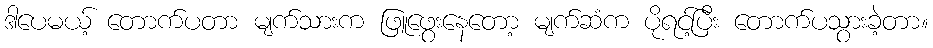
ဒါပေမယ့် တောက်ပတာ မျက်သားက ဖြူဖွေးနေတော့ မျက်ဆံက ပိုရင့်ပြီး တောက်ပသွားခဲ့တာ။